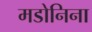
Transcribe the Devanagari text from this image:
मडोनिना